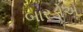
બારડોએ